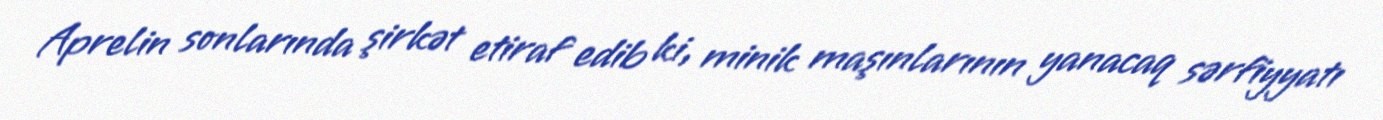
Aprelin sonlarında şirkət etiraf edib ki, minik maşınlarının yanacaq sərfiyyatı